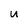
Character: u